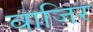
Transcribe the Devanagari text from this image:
वाजिर